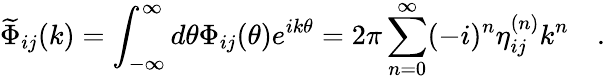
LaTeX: \widetilde{\Phi}_{ij}(k)=\int_{-\infty}^{\infty}d\theta\Phi_{ij}(\theta)e^{ik\theta}=2\pi\sum_{n=0}^{\infty}(-i)^{n}\eta_{ij}^{(n)}k^{n}\quad.